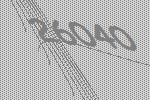
26040